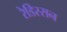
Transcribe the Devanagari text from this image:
रेडिस्सन